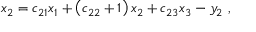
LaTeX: x _ { 2 } = c _ { 2 1 } x _ { 1 } + \left( c _ { 2 2 } + 1 \right) x _ { 2 } + c _ { 2 3 } x _ { 3 } - y _ { 2 } \ ,